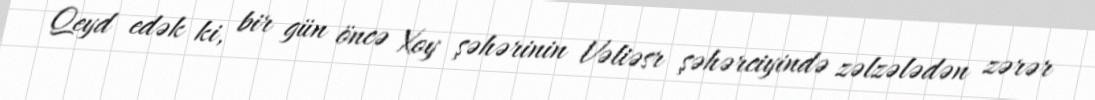
Qeyd edək ki, bir gün öncə Xoy şəhərinin Vəliəsr şəhərciyində zəlzələdən zərər